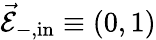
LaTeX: \vec{\mathcal{E}}_{-,\mathrm{in}}\equiv(0,1)